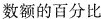
数额的百分比